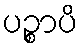
ပဉ္စာပိ